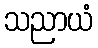
သညာယံ